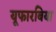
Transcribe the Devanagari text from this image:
यूफारबिया